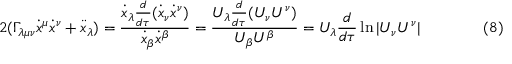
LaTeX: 2 ( \Gamma _ { \lambda \mu \nu } { \dot { x } } ^ { \mu } { \dot { x } } ^ { \nu } + { \ddot { x } } _ { \lambda } ) = { \frac { { \dot { x } } _ { \lambda } { \frac { d } { d \tau } } ( { \dot { x } } _ { \nu } { \dot { x } } ^ { \nu } ) } { { \dot { x } } _ { \beta } { \dot { x } } ^ { \beta } } } = { \frac { U _ { \lambda } { \frac { d } { d \tau } } ( U _ { \nu } U ^ { \nu } ) } { U _ { \beta } U ^ { \beta } } } = U _ { \lambda } { \frac { d } { d \tau } } \ln | U _ { \nu } U ^ { \nu } | \qquad \qquad ( 8 )